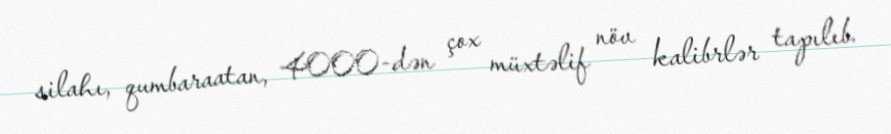
silahı, qumbaraatan, 4000-dən çox müxtəlif növ kalibrlər tapılıb.